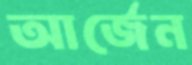
আর্জেন